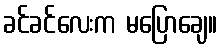
ခင်ခင်လေးက မပြောချေ။